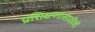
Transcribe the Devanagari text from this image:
प्रशिक्षणासाठीही